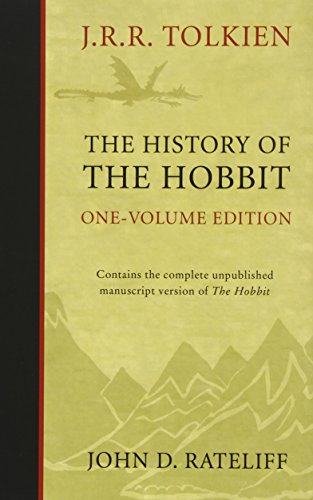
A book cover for History of the Hobbit; John D. Rateliff; Science Fiction & Fantasy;